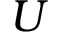
U